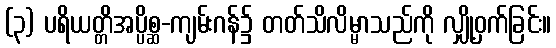
(၃) ပရိယတ္တိအပ္ပိစ္ဆ-ကျမ်းဂန်၌ တတ်သိလိမ္မာသည်ကို လျှို့ဝှက်ခြင်း။